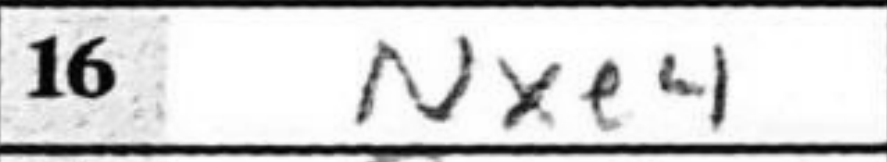
Transcription: Nxe4